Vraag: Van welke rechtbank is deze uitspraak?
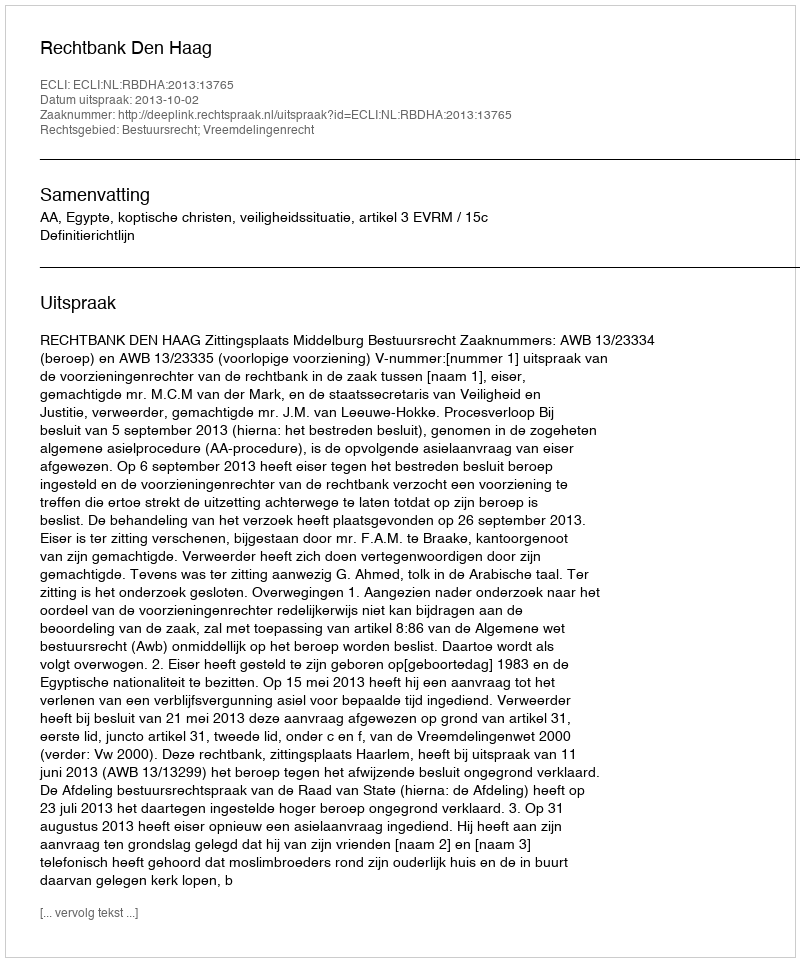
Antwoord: Rechtbank Den Haag